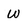
Character: w